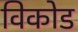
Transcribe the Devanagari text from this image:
विकोड